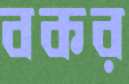
বকর